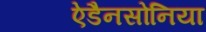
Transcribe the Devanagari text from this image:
ऐडैनसोनिया